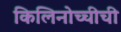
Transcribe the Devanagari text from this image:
किलिनोच्चीची